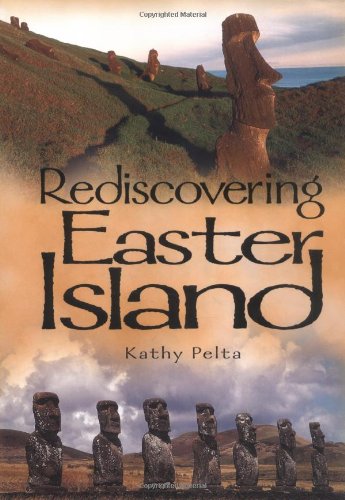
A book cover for Rediscovering Easter Island: How History Is Invented; Kathy Pelta; Children's Books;